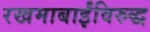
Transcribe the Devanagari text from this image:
रखमाबाईंविरुद्ध